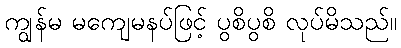
ကျွန်မ မကျေမနပ်ဖြင့် ပွစိပွစိ လုပ်မိသည်။